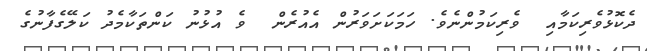
ދެކޮޅުވެރިކަމާއި  ވެރިކަމުންނެވެ. ހަމަކަށަވަރުން އެއުރެން  ވެ އުޅުނު ކަންތަކާމެދު ކަލޭގެފާނުގެ